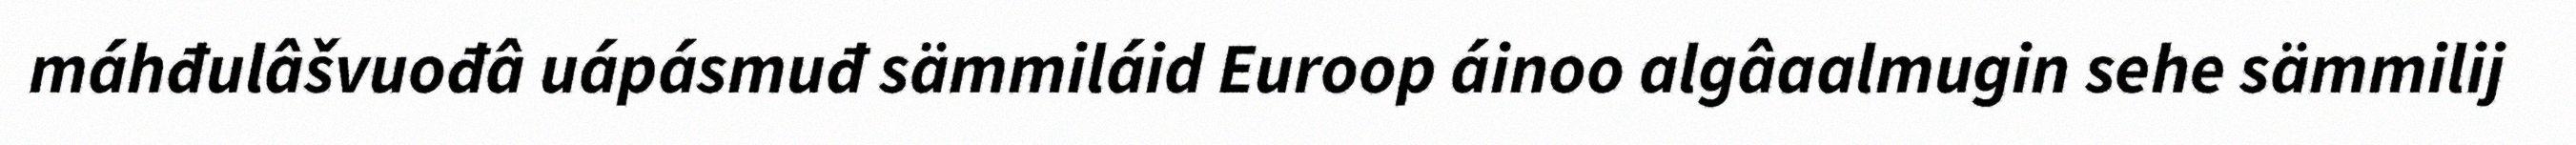
máhđulâšvuođâ uápásmuđ sämmiláid Euroop áinoo algâaalmugin sehe sämmilij